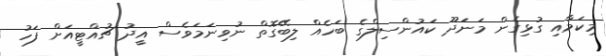
މިކަމާއި ގުޅިގެން މަނަދޫ ކައުންސިލްގެ ބަހެއް ލިބޭގޮތް ނުވިނަމަވެސް އީދު ޗުއްޓީއަށް ފަހު